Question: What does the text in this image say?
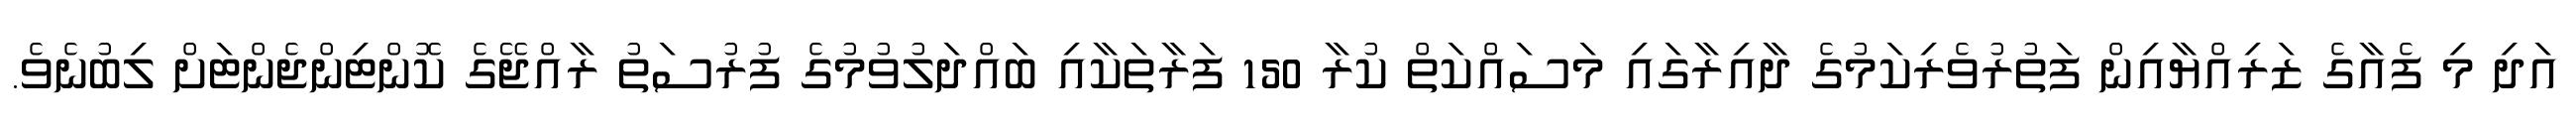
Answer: އަދި މި ފެއާގެ ޒަރިއްޔާއިން ފަތުރުވެރިކަމުގެ ދާއިރާގައި މަސައްކަތް ކުރާ 150 ފަރާތަކާއި ބައްދަލުވުމުގެ ފުރުސަތު ރާއްޖޭގެ ކޮންޓިންޖެންޓަށް ލިބުނެވެ.